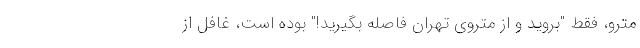
مترو، فقط "بروید و از متروی تهران فاصله بگیرید!" بوده است، غافل از